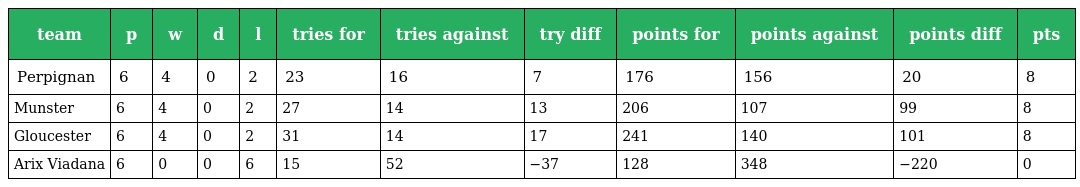
| team | p | w | d | l | tries for | tries against | try diff | points for | points against | points diff | pts |
 | --- | --- | --- | --- | --- | --- | --- | --- | --- | --- | --- | --- |
 | Perpignan | 6 | 4 | 0 | 2 | 23 | 16 | 7 | 176 | 156 | 20 | 8 |
 | Munster | 6 | 4 | 0 | 2 | 27 | 14 | 13 | 206 | 107 | 99 | 8 |
 | Gloucester | 6 | 4 | 0 | 2 | 31 | 14 | 17 | 241 | 140 | 101 | 8 |
 | Arix Viadana | 6 | 0 | 0 | 6 | 15 | 52 | −37 | 128 | 348 | −220 | 0 |